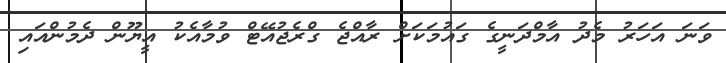
ވަނަ އަހަރު މެދު އާމްދަނީގެ ގައުމަކަށް ރާއްޖެ ގްރެޖުއޭޓް ވުމާއެކު އީޔޫން ދެމުންއައި